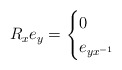
\begin{align*}R_xe_y=\begin{cases}0&\\e_{yx^{-1}}&\end{cases}\end{align*}